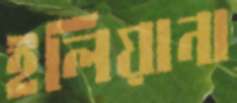
ইলিয়ানা